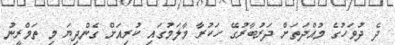
ދެ ދުވަހުގެ މުއްދަތަށް ދަރުބާރުގޭ ހަކުރާ މާލަމުގައި ކުރިއަށް ގެންދިޔަ މި ތަމްރީނު